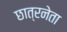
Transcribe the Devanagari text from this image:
छात्रनेता